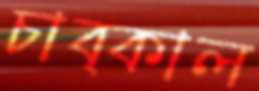
চাব্‌কাল